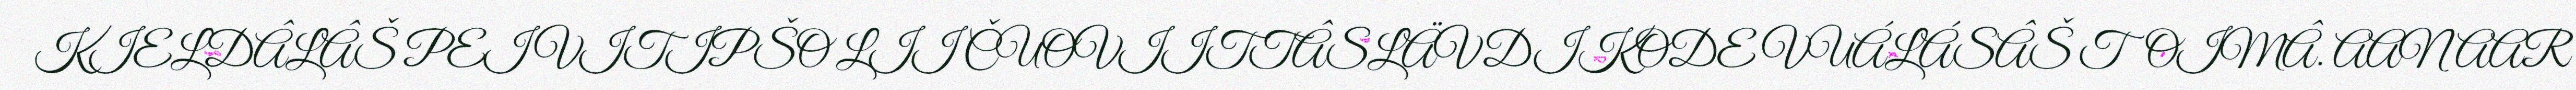
KIELDÂLÂŠ PEIVITIPŠO LII ČUOVIITTÂSLÄVDIKODE VUÁLÁSÂŠ TOIMÂ. AANAAR